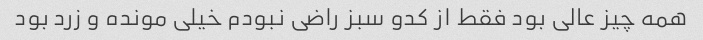
همه چیز عالی بود فقط از کدو سبز راضی نبودم خیلی مونده و زرد بود